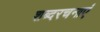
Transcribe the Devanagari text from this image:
शब्दरचनाएं